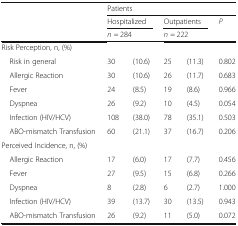
| <ROWSPAN=3>  | <COLSPAN=5> Patients |
 | <COLSPAN=2> Hospitalized | <COLSPAN=2> Outpatients | P |
 | <COLSPAN=2> n = 284 | <COLSPAN=2> n = 222 |  |
 | --- | --- | --- | --- | --- | --- |
 | <COLSPAN=6> Risk Perception, n, (%) |
 | Risk in general | 30 | (10.6) | 25 | (11.3) | 0.802 |
 | Allergic Reaction | 30 | (10.6) | 26 | (11.7) | 0.683 |
 | Fever | 24 | (8.5) | 19 | (8.6) | 0.966 |
 | Dyspnea | 26 | (9.2) | 10 | (4.5) | 0.054 |
 | Infection (HIV/HCV) | 108 | (38.0) | 78 | (35.1) | 0.503 |
 | ABO-mismatch Transfusion | 60 | (21.1) | 37 | (16.7) | 0.206 |
 | <COLSPAN=6> Perceived Incidence, n, (%) |
 | Allergic Reaction | 17 | (6.0) | 17 | (7.7) | 0.456 |
 | Fever | 27 | (9.5) | 15 | (6.8) | 0.266 |
 | Dyspnea | 8 | (2.8) | 6 | (2.7) | 1.000 |
 | Infection (HIV/HCV) | 39 | (13.7) | 30 | (13.5) | 0.943 |
 | ABO-mismatch Transfusion | 26 | (9.2) | 11 | (5.0) | 0.072 |